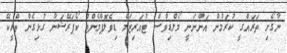
ނާގޯށި ތަރައްގީ ކުރަމުން އަންނަނީ މޯލްޑިވްސް ޓުއަރިޒަމް ޑިވެލޮޕްމެންޓް ކޯޕަރޭޝަނާ ގުޅިގެން ތްރީކޭ